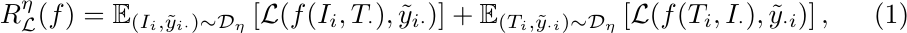
\begin{equation}
    R^\eta_\mathcal{L}(f) = \mathbb{E}_{(I_i,\tilde{y}_{i\cdot})\sim\mathcal{D}_\eta}\left[ \mathcal{L}(f(I_i,T_\cdot),\tilde{y}_{i\cdot}) \right] + \mathbb{E}_{(T_i,\tilde{y}_{\cdot i})\sim\mathcal{D}_\eta}\left[ \mathcal{L}(f(T_i,I_\cdot),\tilde{y}_{\cdot i}) \right],
\end{equation}